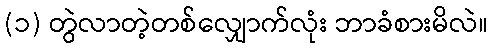
(၁) တွဲလာတဲ့တစ်လျှောက်လုံး ဘာခံစားမိလဲ။